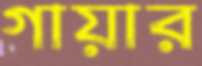
গায়ার